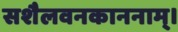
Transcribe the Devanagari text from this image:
सशैलवनकाननाम्।